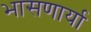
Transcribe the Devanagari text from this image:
भासणार्या